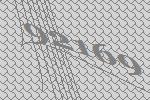
92169